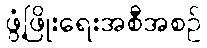
ဖွံ့ဖြိုးရေးအစီအစဉ်